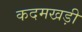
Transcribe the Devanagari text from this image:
कदमखड़ी